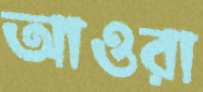
আওরা